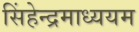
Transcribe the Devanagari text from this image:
सिंहेन्द्रमाध्ययम